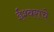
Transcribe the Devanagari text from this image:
ईश्‍वराचे